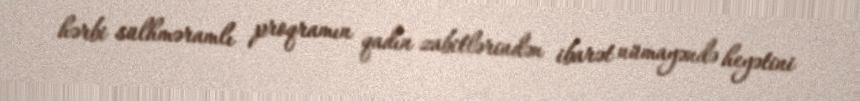
hərbi sülhməramlı proqramın qadın zabitlərindən ibarət nümayəndə heyətini